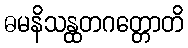
ဓမနိသန္ထတဂတ္တောတိ